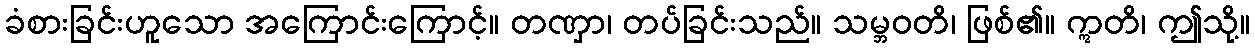
ခံစားခြင်းဟူသော အကြောင်းကြောင့်။ တဏှာ၊ တပ်ခြင်းသည်။ သမ္ဘဝတိ၊ ဖြစ်၏။ ဣတိ၊ ဤသို့။